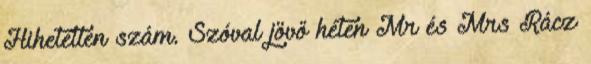
Hihetetlen szám. Szóval jövő héten Mr és Mrs Rácz